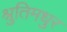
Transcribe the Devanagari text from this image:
श्रुतिमधुर